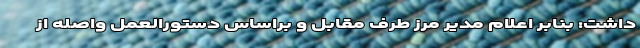
داشت: بنابر اعلام مدیر مرز طرف مقابل و براساس دستورالعمل واصله از